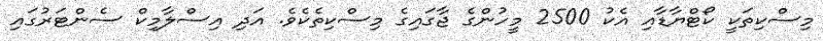
މިސްކިތަކީ ކޯޓްޔާޑާއި އެކު 2500 މީހުންގެ ޖާގައިގެ މިސްކިތެކެވެ. އަދި އިސްލާމިކް ސެންޓަރުގައި